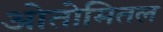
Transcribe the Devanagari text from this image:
ओतोमितल